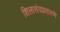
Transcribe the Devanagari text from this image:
शिलासंघप्रतारणे